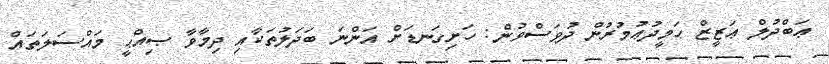
ޢަބްދުލް ޢަޒީޒް ޙަމީދުޢުމުރުން ދުވަސްވުން: ހަށިގަނޑަށް އަންނަ ބަދަލުތަކާއި ދިމާވާ ޞިއްޙީ މައްސަލަތައް